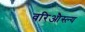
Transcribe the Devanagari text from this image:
वरिऔस्ल्य